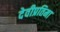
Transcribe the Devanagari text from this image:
देवीप्रतिमा